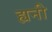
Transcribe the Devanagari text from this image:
ह्यनी